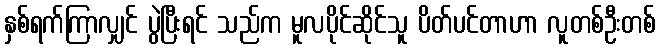
နှစ်ရက်ကြာလျှင် ပွဲပြီးရင် သည်က မူလပိုင်ဆိုင်သူ ပိတ်ပင်တာဟာ လူတစ်ဦးတစ်